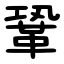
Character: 鞏